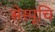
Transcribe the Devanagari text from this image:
सेस्पूचि